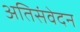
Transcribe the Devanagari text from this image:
अतिसंवेदन